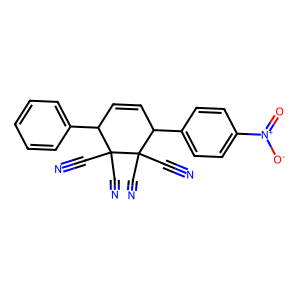
SMILES: N#CC1(C#N)C(c2ccccc2)C=CC(c2ccc([N+](=O)[O-])cc2)C1(C#N)C#N
Inhibits HIV replication: No